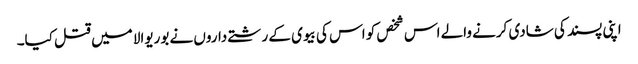
اپنی پسند کی شادی کرنے والے اس شخص کو اس کی بیوی کے رشتے داروں نے بوریوالا میں قتل کیا۔